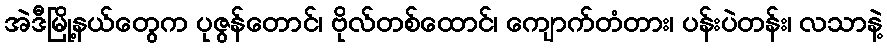
အဲဒီမြို့နယ်တွေက ပုဇွန်တောင်၊ ဗိုလ်တစ်ထောင်၊ ကျောက်တံတား၊ ပန်းပဲတန်း၊ လသာနဲ့